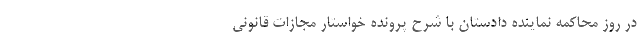
در روز محاکمه نماینده دادستان با شرح پرونده خواستار مجازات قانونی